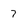
Character: 7